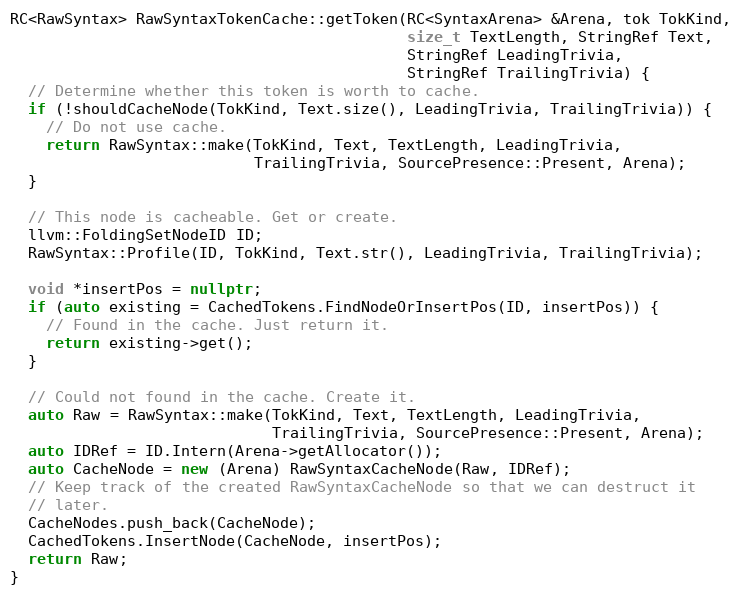
Language: C++
RC<RawSyntax> RawSyntaxTokenCache::getToken(RC<SyntaxArena> &Arena, tok TokKind,
                                            size_t TextLength, StringRef Text,
                                            StringRef LeadingTrivia,
                                            StringRef TrailingTrivia) {
  // Determine whether this token is worth to cache.
  if (!shouldCacheNode(TokKind, Text.size(), LeadingTrivia, TrailingTrivia)) {
    // Do not use cache.
    return RawSyntax::make(TokKind, Text, TextLength, LeadingTrivia,
                           TrailingTrivia, SourcePresence::Present, Arena);
  }

  // This node is cacheable. Get or create.
  llvm::FoldingSetNodeID ID;
  RawSyntax::Profile(ID, TokKind, Text.str(), LeadingTrivia, TrailingTrivia);

  void *insertPos = nullptr;
  if (auto existing = CachedTokens.FindNodeOrInsertPos(ID, insertPos)) {
    // Found in the cache. Just return it.
    return existing->get();
  }

  // Could not found in the cache. Create it.
  auto Raw = RawSyntax::make(TokKind, Text, TextLength, LeadingTrivia,
                             TrailingTrivia, SourcePresence::Present, Arena);
  auto IDRef = ID.Intern(Arena->getAllocator());
  auto CacheNode = new (Arena) RawSyntaxCacheNode(Raw, IDRef);
  // Keep track of the created RawSyntaxCacheNode so that we can destruct it
  // later.
  CacheNodes.push_back(CacheNode);
  CachedTokens.InsertNode(CacheNode, insertPos);
  return Raw;
}